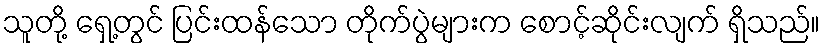
သူတို့ ရှေ့တွင် ပြင်းထန်သော တိုက်ပွဲများက စောင့်ဆိုင်းလျက် ရှိသည်။